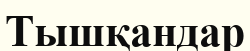
Тышқандар